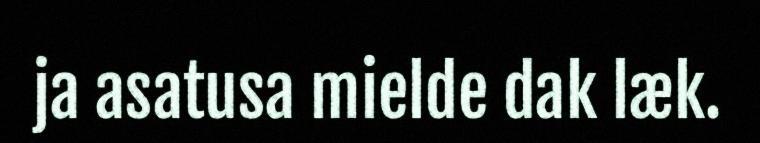
ja asatusa mielde dak læk.